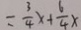
= \frac { 3 } { 4 } x + \frac { 6 } { 4 } x